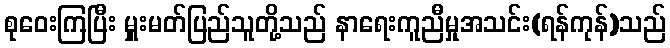
စုဝေးကြပြီး မှူးမတ်ပြည်သူတို့သည် နာရေးကူညီမှုအသင်း(ရန်ကုန်)သည်